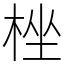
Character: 㭫